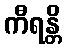
ကီရန္တိ